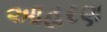
આહરણ